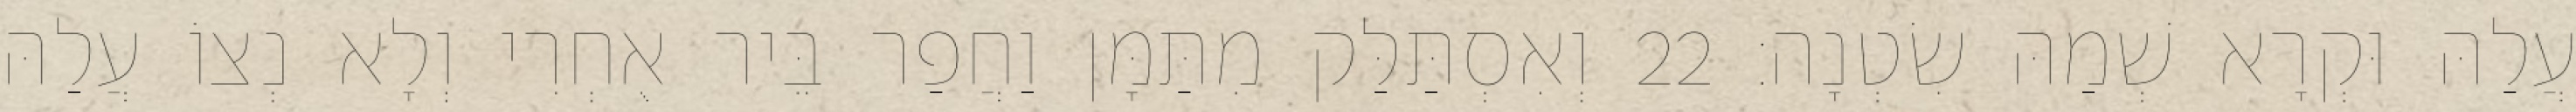
עֲלַהּ וּקְרָא שְׁמַהּ שִׂטְנָה׃ 22 וְאִסְתַּלַּק מִתַּמָּן וַחֲפַר בֵּיר אֻחְרִי וְלָא נְצוֹ עֲלַהּ